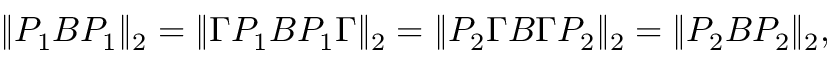
\| P _ { 1 } B P _ { 1 } \| _ { 2 } = \| \Gamma P _ { 1 } B P _ { 1 } \Gamma \| _ { 2 } = \| P _ { 2 } \Gamma B \Gamma P _ { 2 } \| _ { 2 } = \| P _ { 2 } B P _ { 2 } \| _ { 2 } ,